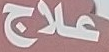
علاج